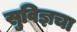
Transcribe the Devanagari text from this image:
सुविज्ञचा